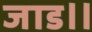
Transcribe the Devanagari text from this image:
जाड॥